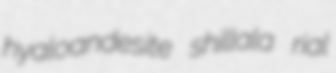
hyaloandesite shillala rial